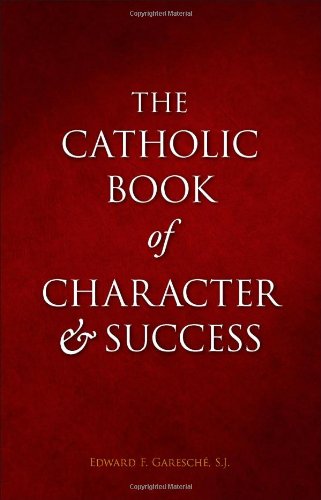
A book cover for The Catholic Book of Character and Success; Edward GareschÃ©; Christian Books & Bibles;